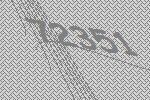
72351